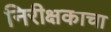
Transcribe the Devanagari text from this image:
निरीक्षकाचा